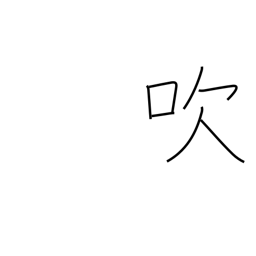
Meaning: emit